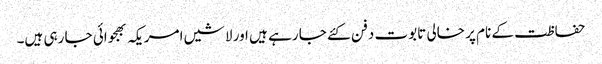
حفاظت کے نام پر خالی تابوت دفن کئے جا رہے ہیں اور لاشیں امریکہ بھجوائی جا رہی ہیں۔